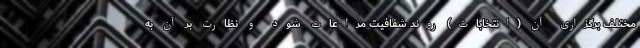
مختلف برگزاری آن (انتخابات) روند شفافیت مراعات شود و نظارت بر آن به